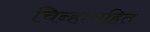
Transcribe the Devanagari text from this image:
चिन्हासहित